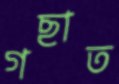
গছাত